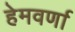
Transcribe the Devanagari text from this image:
हेमवर्णा